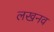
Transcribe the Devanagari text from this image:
लखनव